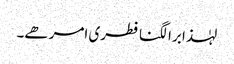
لہٰذا برا لگنا فطری امر ھے۔